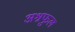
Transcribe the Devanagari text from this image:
अश्रफुल